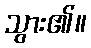
သွား၏။